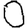
Digit: 0